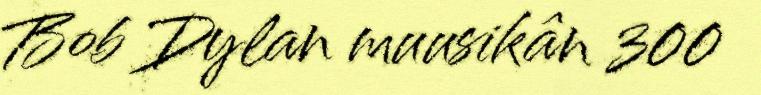
Bob Dylan muusikân 300